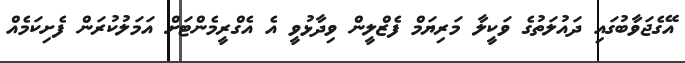
އޭގެޖަވާބުގައި ދައުލަތުގެ ވަކީލާ މަރިޔަމް ފެޒްލީން ވިދާޅުވީ އެ އެގްރީމެންޓަށް އަމަލުކުރަން ފެށިކަމެއް